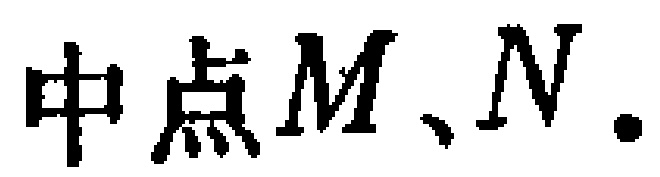
中点\(M、N.\)